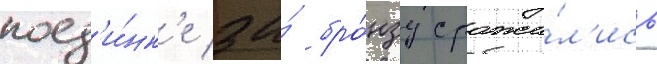
поед'и́нк'е за́ бро́нзу сража́л'ись